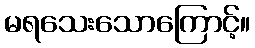
မရသေးသောကြောင့်။